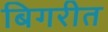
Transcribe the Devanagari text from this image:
बिगरीत